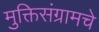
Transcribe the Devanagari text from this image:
मुक्तिसंग्रामचे